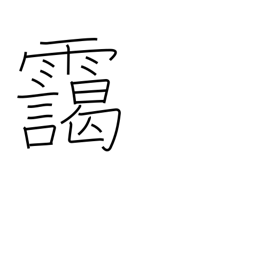
Meaning: haze